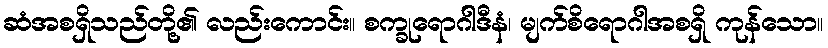
ဆံအစရှိသည်တို့၏ လည်းကောင်း။ စက္ခုရောဂါဒီနံ၊ မျက်စိရောဂါအစရှိ ကုန်သော။